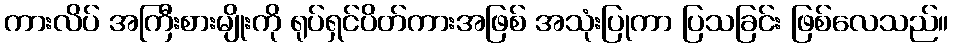
ကားလိပ် အကြီးစားမျိုးကို ရုပ်ရှင်ပိတ်ကားအဖြစ် အသုံးပြုကာ ပြသခြင်း ဖြစ်လေသည်။